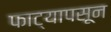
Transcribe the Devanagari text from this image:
फाट्यापसून